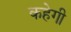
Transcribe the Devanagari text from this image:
कहेगी